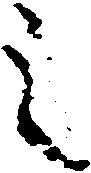
之